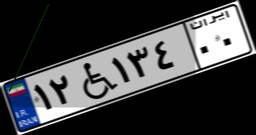
۷۴W۱۱۹۴۰